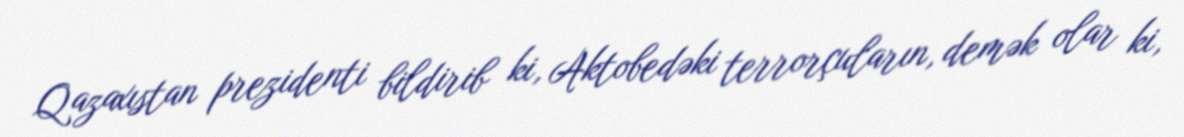
Qazaxıstan prezidenti bildirib ki, Aktobedəki terrorçuların, demək olar ki,